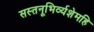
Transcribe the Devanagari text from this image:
सस्तनूभिर्व्यशेमहि